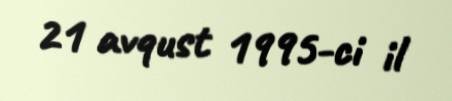
21 avqust 1995-ci il